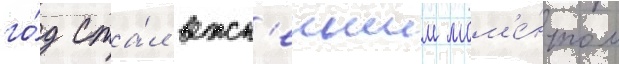
го́д ста́л важн'еишим мом'е́нтом